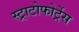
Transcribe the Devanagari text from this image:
स्ट्राटोफोर्ट्रेस